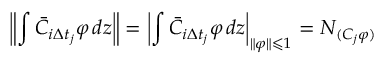
\left\| \int \bar { C } _ { i \Delta t _ { j } } \varphi \mathop { } \! { d { z } } \right\| = \left| \int \bar { C } _ { i \Delta t _ { j } } \varphi \mathop { } \! { d { z } } \right| _ { \| \varphi \| \leqslant 1 } = N _ { ( C _ { j } \varphi ) }